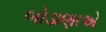
બોડાણાએ